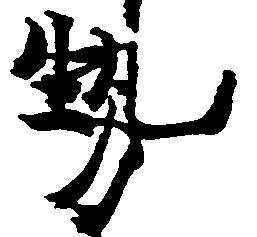
勢